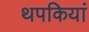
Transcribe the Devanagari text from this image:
थपकियां